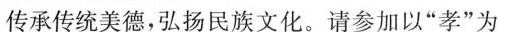
传承传统美德，弘扬民族文化。请参加以”孝”为